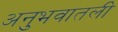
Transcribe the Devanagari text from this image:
अनुभवातली